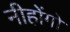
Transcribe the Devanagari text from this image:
नीहोंगो